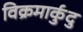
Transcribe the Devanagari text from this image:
विक्रमार्कुदु